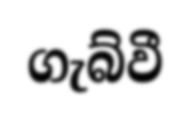
ගැබ්වී